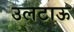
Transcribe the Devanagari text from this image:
उलटाऊ